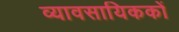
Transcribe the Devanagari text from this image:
व्यावसायिककों